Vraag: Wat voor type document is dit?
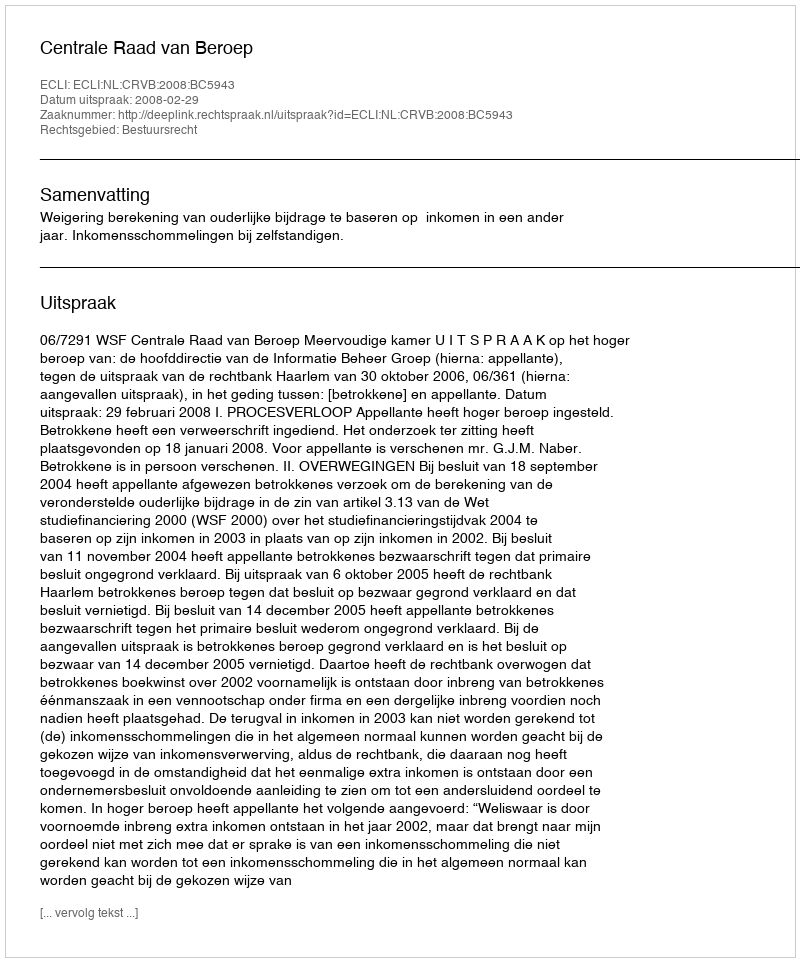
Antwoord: Uitspraak